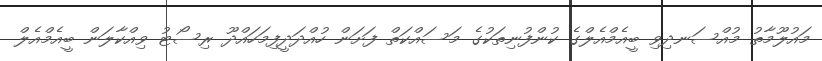
މައުލޫމާތު މުއްސަނދިވި ބީއެމްއެލްގެ ކުންފުނިތަކުގެ މަސައްކަތް ފަށަން ހުއްދަދީފިމަހައްދޫ ރިސޯޓު ވިއްކާލަން ބީއެމްއެލް